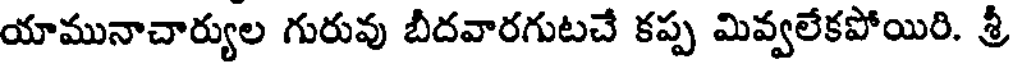
యామునాచార్యుల గురువు బీదవారగుటచే కప్ప మివ్వలేకపోయిరి. శ్రీ